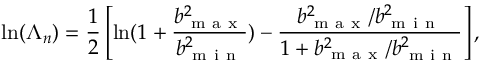
\mathrm { l n } ( \Lambda _ { n } ) = \frac { 1 } { 2 } \left[ \mathrm { l n } ( 1 + \frac { b _ { \mathrm { ~ m ~ a ~ x ~ } } ^ { 2 } } { b _ { \mathrm { ~ m ~ i ~ n ~ } } ^ { 2 } } ) - \frac { b _ { \mathrm { ~ m ~ a ~ x ~ } } ^ { 2 } / b _ { \mathrm { ~ m ~ i ~ n ~ } } ^ { 2 } } { 1 + b _ { \mathrm { ~ m ~ a ~ x ~ } } ^ { 2 } / b _ { \mathrm { ~ m ~ i ~ n ~ } } ^ { 2 } } \right] ,